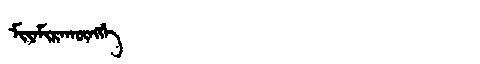
Manchu: ᠮᡳᠶᠠᠮᡳᡵᠠᡴᡡᠩᡤᡝ
Romanization: MIYAMIRAKŪNGGE